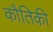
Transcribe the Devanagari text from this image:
कौतिकी